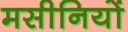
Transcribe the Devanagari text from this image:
मसीनियों